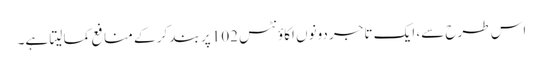
اس طرح سے، ایک تاجر دونوں اکاؤنٹس 102 پر بند کر کے منافع کما لیتا ہے۔